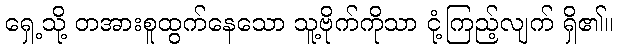
ရှေ့သို့ တအားစူထွက်နေသော သူ့ဗိုက်ကိုသာ ငုံ့ကြည့်လျက် ရှိ၏။